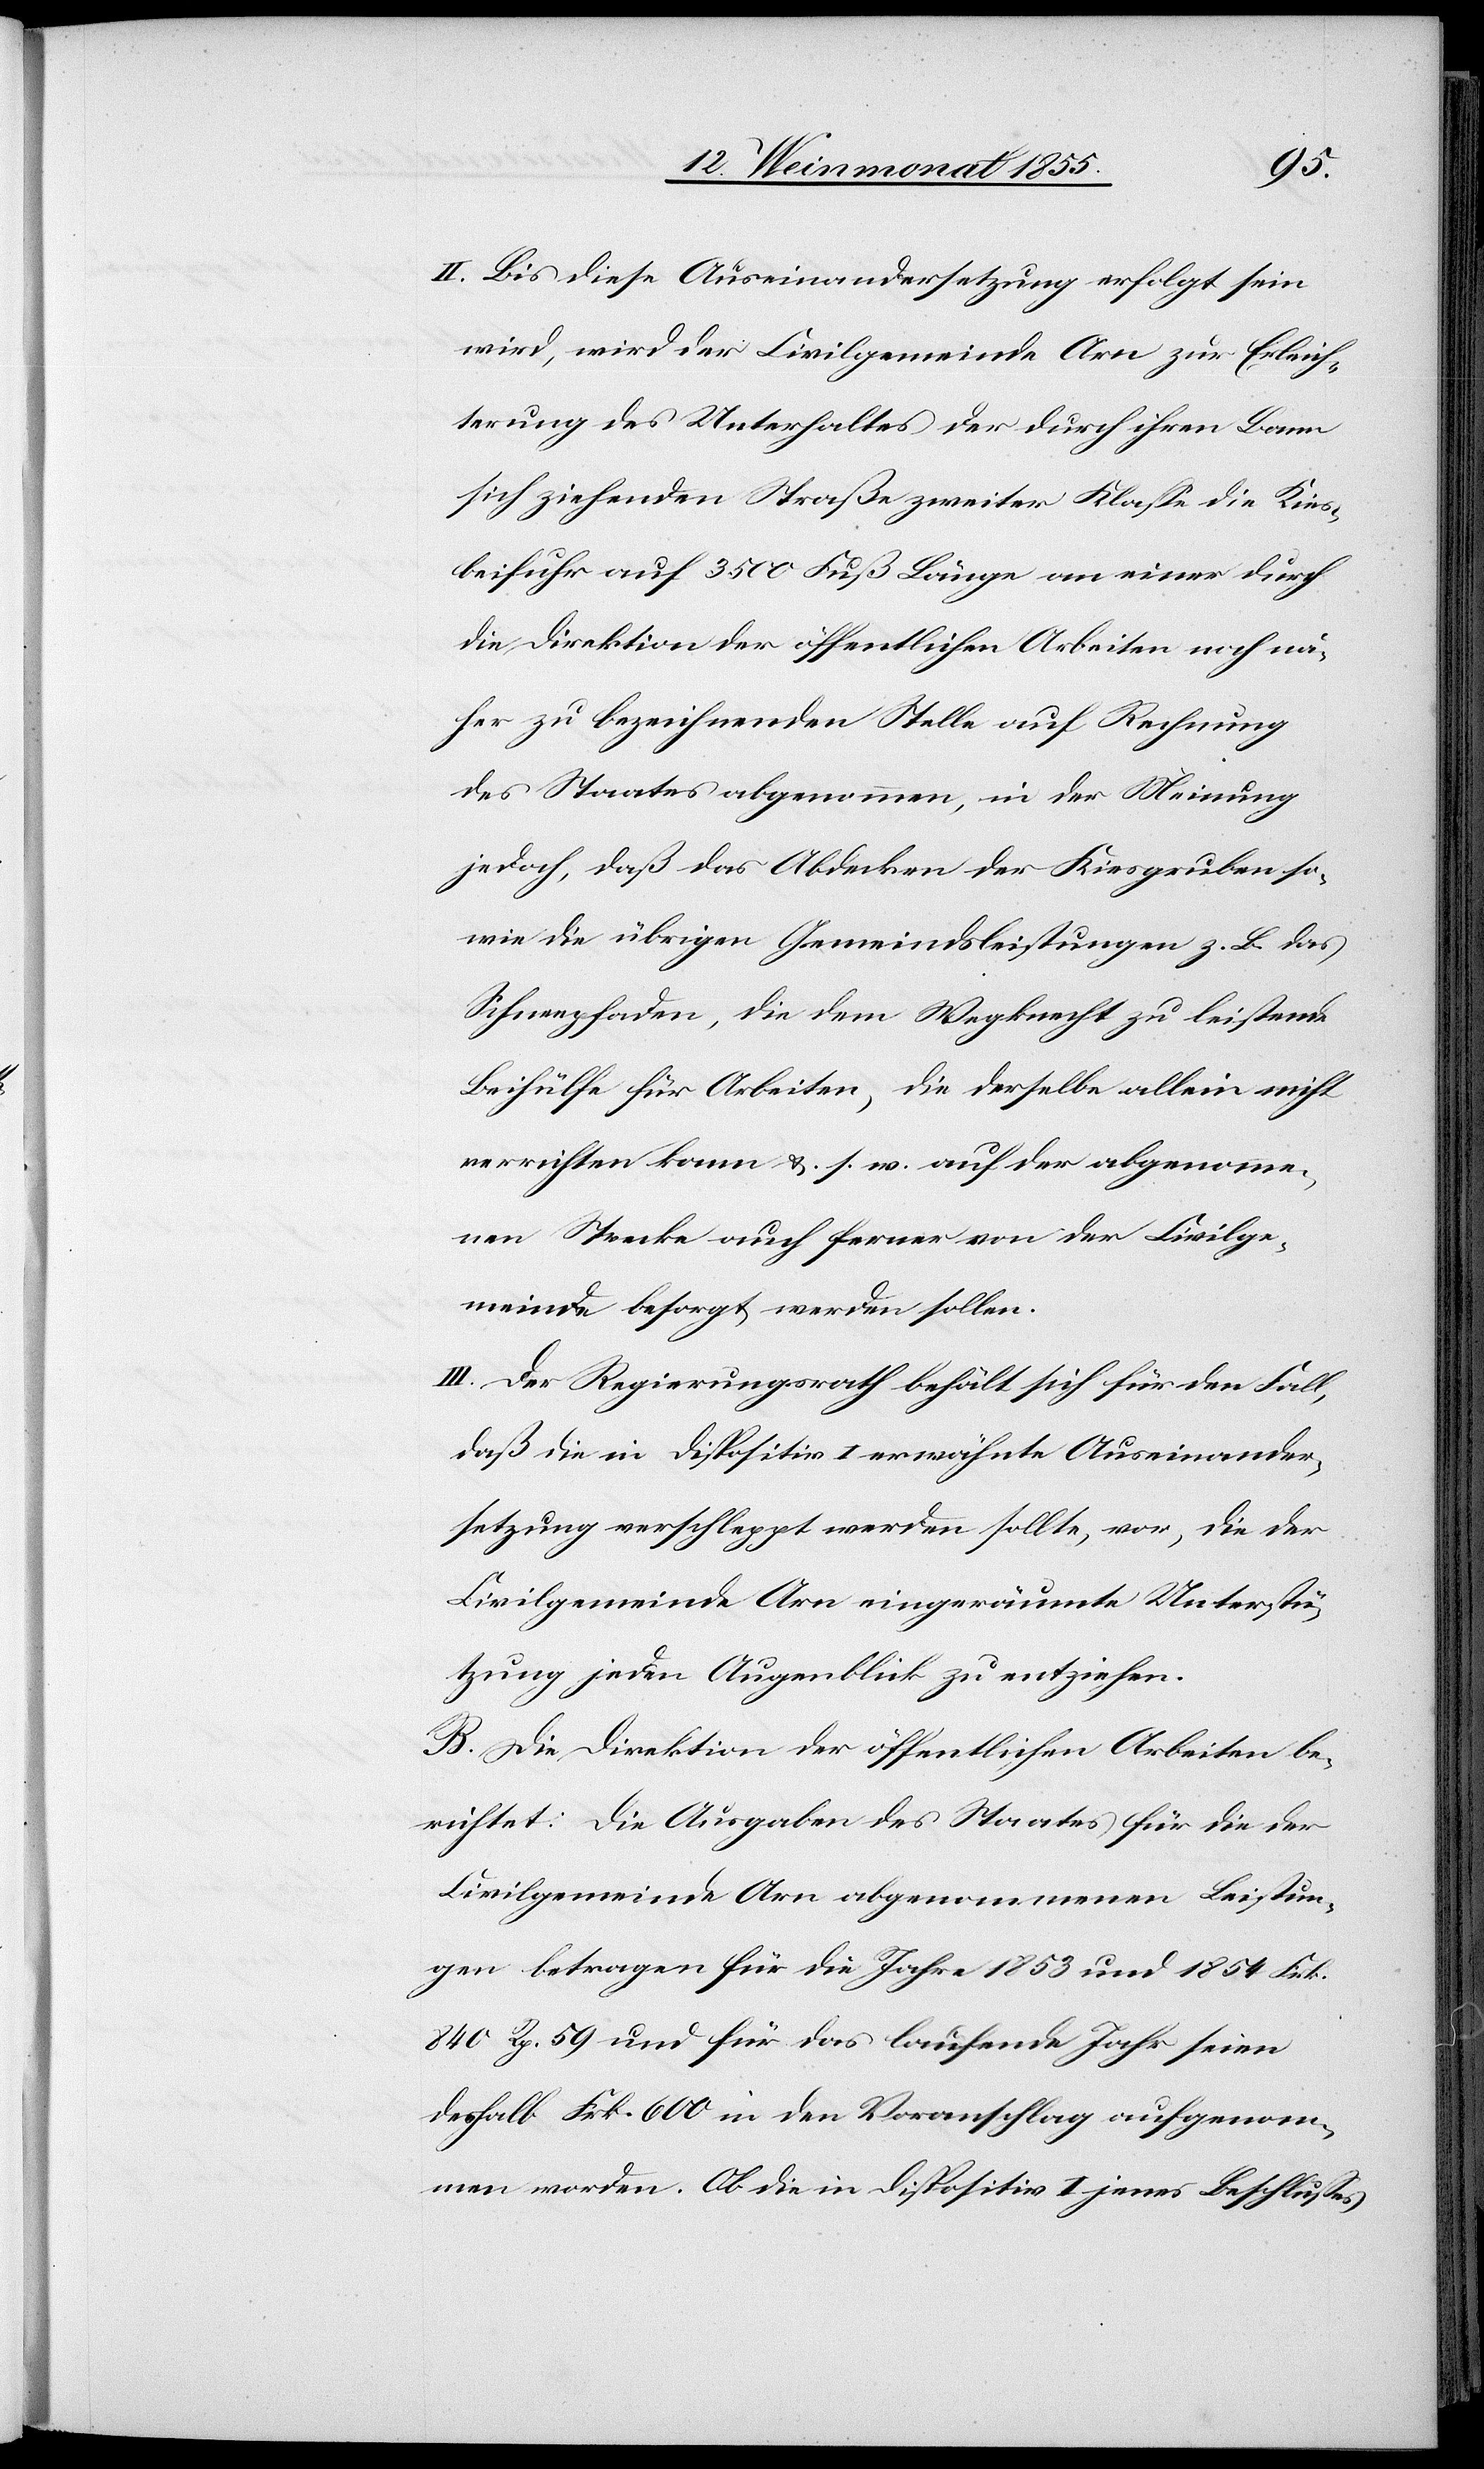
Bis diese Auseinandersetzung erfolgt sein
wird, wird der Civilgemeinde Arn zur Erleich¬
terung des Unterhaltes der durch ihren Bann
sich ziehenden Straße zweiter Klasse die Kies¬
beifuhr auf 3500 Fuß Länge an einer durch
die Direktion der öffentlichen Arbeiten noch nä¬
her zu bezeichnenden Stelle auf Rechnung
des Staates abgenommen, in der Meinung
jedoch, daß das Abdecken der Kiesgruben so¬
wie die übrigen Gemeindsleistungen z. B. das
Schneepfaden, die dem Wegknecht zu leistende
Beihülfe für Arbeiten, die derselbe allein nicht
verrichten kann &. s. w. auf der abgenomme¬
nen Strecke auch ferner von der Civilge¬
meinde besorgt werden sollen.
Der Regierungsrath behält sich für den Fall,
daß die in Dispositiv I erwähnte Auseinander¬
setzung verschleppt werden sollte, vor, die der
Civilgemeinde Arn eingeräumte Unterstü¬
tzung jeden Augenblick zu entziehen.
B. Die Direktion der öffentlichen Arbeiten be¬
richtet: Die Ausgaben des Staates für die der
Civilgemeinde Arn abgenommenen Leistun¬
gen betragen für die Jahre 1853 und 1854 Frk.
840 Rp. 59 und für das laufende Jahr seien
deshalb Frk. 600 in den Voranschlag aufgenom¬
men worden. Ob die in Dispositiv I jenes Beschlusses